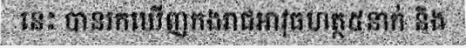
នេះ បានរកឃើញកងរាជអាវុធហត្ថ៥នាក់ និង